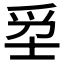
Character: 𤔊